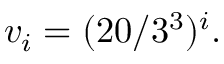
v _ { i } = ( 2 0 / 3 ^ { 3 } ) ^ { i } .